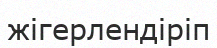
жігерлендіріп